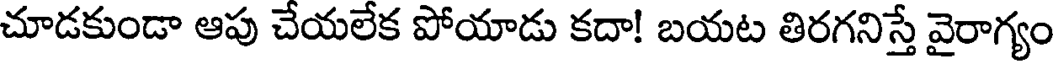
చూడకుండా ఆపు చేయలేక పోయాడు కదా! బయట తిరగనిస్తే వైరాగ్యం